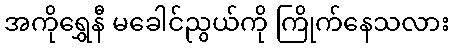
အကိုရွှေနီ မခေါင်ညွယ်ကို ကြိုက်နေသလား